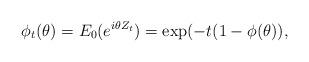
LaTeX: \begin{align*}\phi_t(\theta) = E_0(e^{i\theta Z_t})=\exp(-t(1-\phi(\theta)) ,\end{align*}